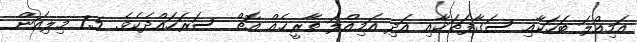
އަމިއްލަ ބަހަކާއި ސަގާފަތަކާއި އަދި އަމިއްލަ ތާރީޚެއް އޮތް ސަރަހައްދެކެެވެ. 7.5 މިލިއަން